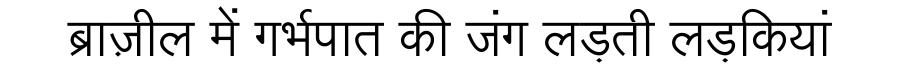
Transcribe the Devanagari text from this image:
ब्राज़ील में गर्भपात की जंग लड़ती लड़कियां